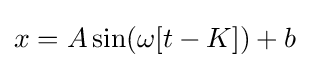
x=A\sin(\omega [t-K])+b\